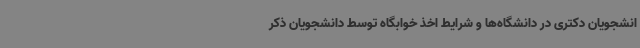
انشجویان دکتری در دانشگاه‌ها و شرایط اخذ خوابگاه توسط دانشجویان ذکر